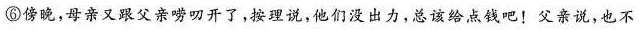
⑥傍晚，母亲又跟父亲唠开了，按理说，他们没出力，总该给点钱吧！父亲说，也不